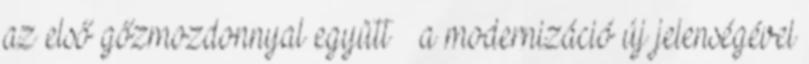
az első gőzmozdonnyal együtt – a modernizáció új jelenségével